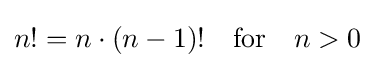
n!=n\cdot (n-1)!\quad {\text{for}}\quad n>0